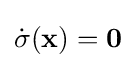
{\dot {\sigma }}(\mathbf {x} )=\mathbf {0}